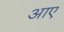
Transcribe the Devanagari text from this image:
अाए